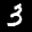
Label: 3